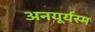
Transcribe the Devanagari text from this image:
अनयूर्यस्म